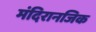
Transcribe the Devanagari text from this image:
मंदिरानजिक